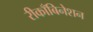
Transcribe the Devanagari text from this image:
रीकाँबिनेशन